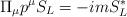
LaTeX: \begin{align*}\Pi_{\mu} p^{\mu} S_{L} = - i m S_{L}^{*}\end{align*}